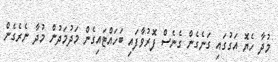
މުދާ ހެޔޮ އަގުގައި ގަނެގެން ގެނެސް ފޮރުވާފައި ބަހައްޓައިގެން މަދުމަދުން މުދާ ނެރެގެން